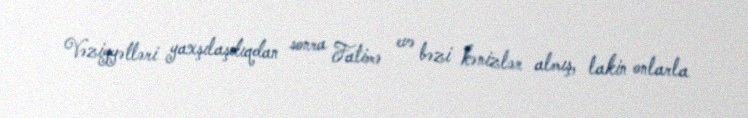
Vəziyyətləri yaxşılaşdıqdan sonra Fatimə evə bəzi kənizlər almış, lakin onlarla